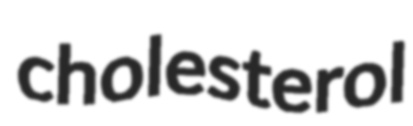
cholesterol